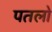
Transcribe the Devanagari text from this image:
पतलो